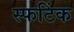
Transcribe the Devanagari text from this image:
स्फटिंक